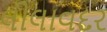
લીલાવદર